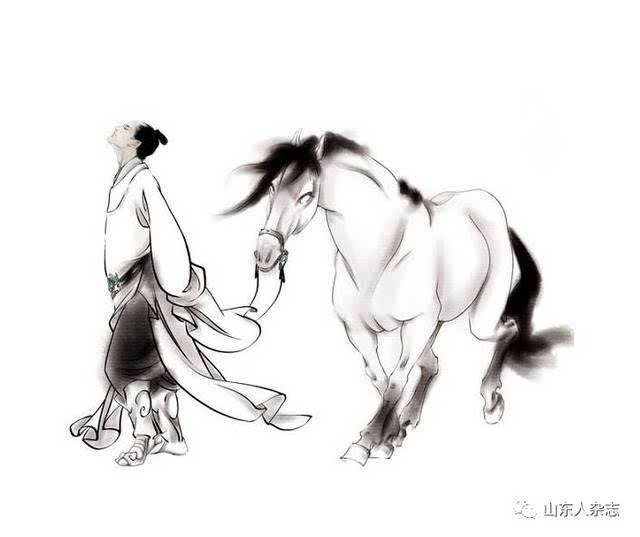
捐躯赴国难，视死忽如归！